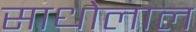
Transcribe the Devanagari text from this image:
साधोलाल